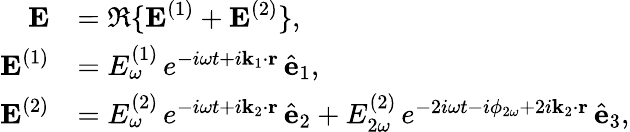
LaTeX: \begin{array}{rl}{\textbf{E}}&{=\Re\{ \textbf{E}^{(1)}+\textbf{E}^{(2)}\} ,}\\ {\textbf{E}^{(1)}}&{=E_{\omega}^{(1)}\, e^{-i\omega t+i\textbf{k}_{1}\cdot\textbf{r}}\, \hat{\textbf{e}}_{1},}\\ {\textbf{E}^{(2)}}&{=E_{\omega}^{(2)}\, e^{-i\omega t+i\textbf{k}_{2}\cdot\textbf{r}}\, \hat{\textbf{e}}_{2}+E_{2\omega}^{(2)}\, e^{-2i\omega t-i\phi_{2\omega}+2i\textbf{k}_{2}\cdot\textbf{r}}\, \hat{\textbf{e}}_{3},}\end{array}